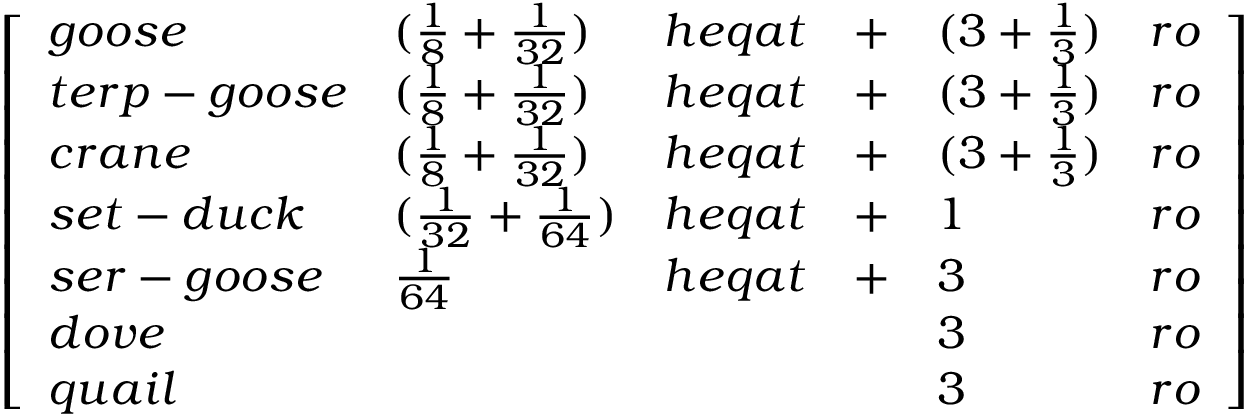
{ \left[ \begin{array} { l l l l l l } { g o o s e } & { ( { \frac { 1 } { 8 } } + { \frac { 1 } { 3 2 } } ) } & { h e q a t } & { + } & { ( 3 + { \frac { 1 } { 3 } } ) } & { r o } \\ { t e r p - g o o s e } & { ( { \frac { 1 } { 8 } } + { \frac { 1 } { 3 2 } } ) } & { h e q a t } & { + } & { ( 3 + { \frac { 1 } { 3 } } ) } & { r o } \\ { c r a n e } & { ( { \frac { 1 } { 8 } } + { \frac { 1 } { 3 2 } } ) } & { h e q a t } & { + } & { ( 3 + { \frac { 1 } { 3 } } ) } & { r o } \\ { s e t - d u c k } & { ( { \frac { 1 } { 3 2 } } + { \frac { 1 } { 6 4 } } ) } & { h e q a t } & { + } & { 1 } & { r o } \\ { s e r - g o o s e } & { { \frac { 1 } { 6 4 } } } & { h e q a t } & { + } & { 3 } & { r o } \\ { d o v e } & & & & { 3 } & { r o } \\ { q u a i l } & & & & { 3 } & { r o } \end{array} \right] }